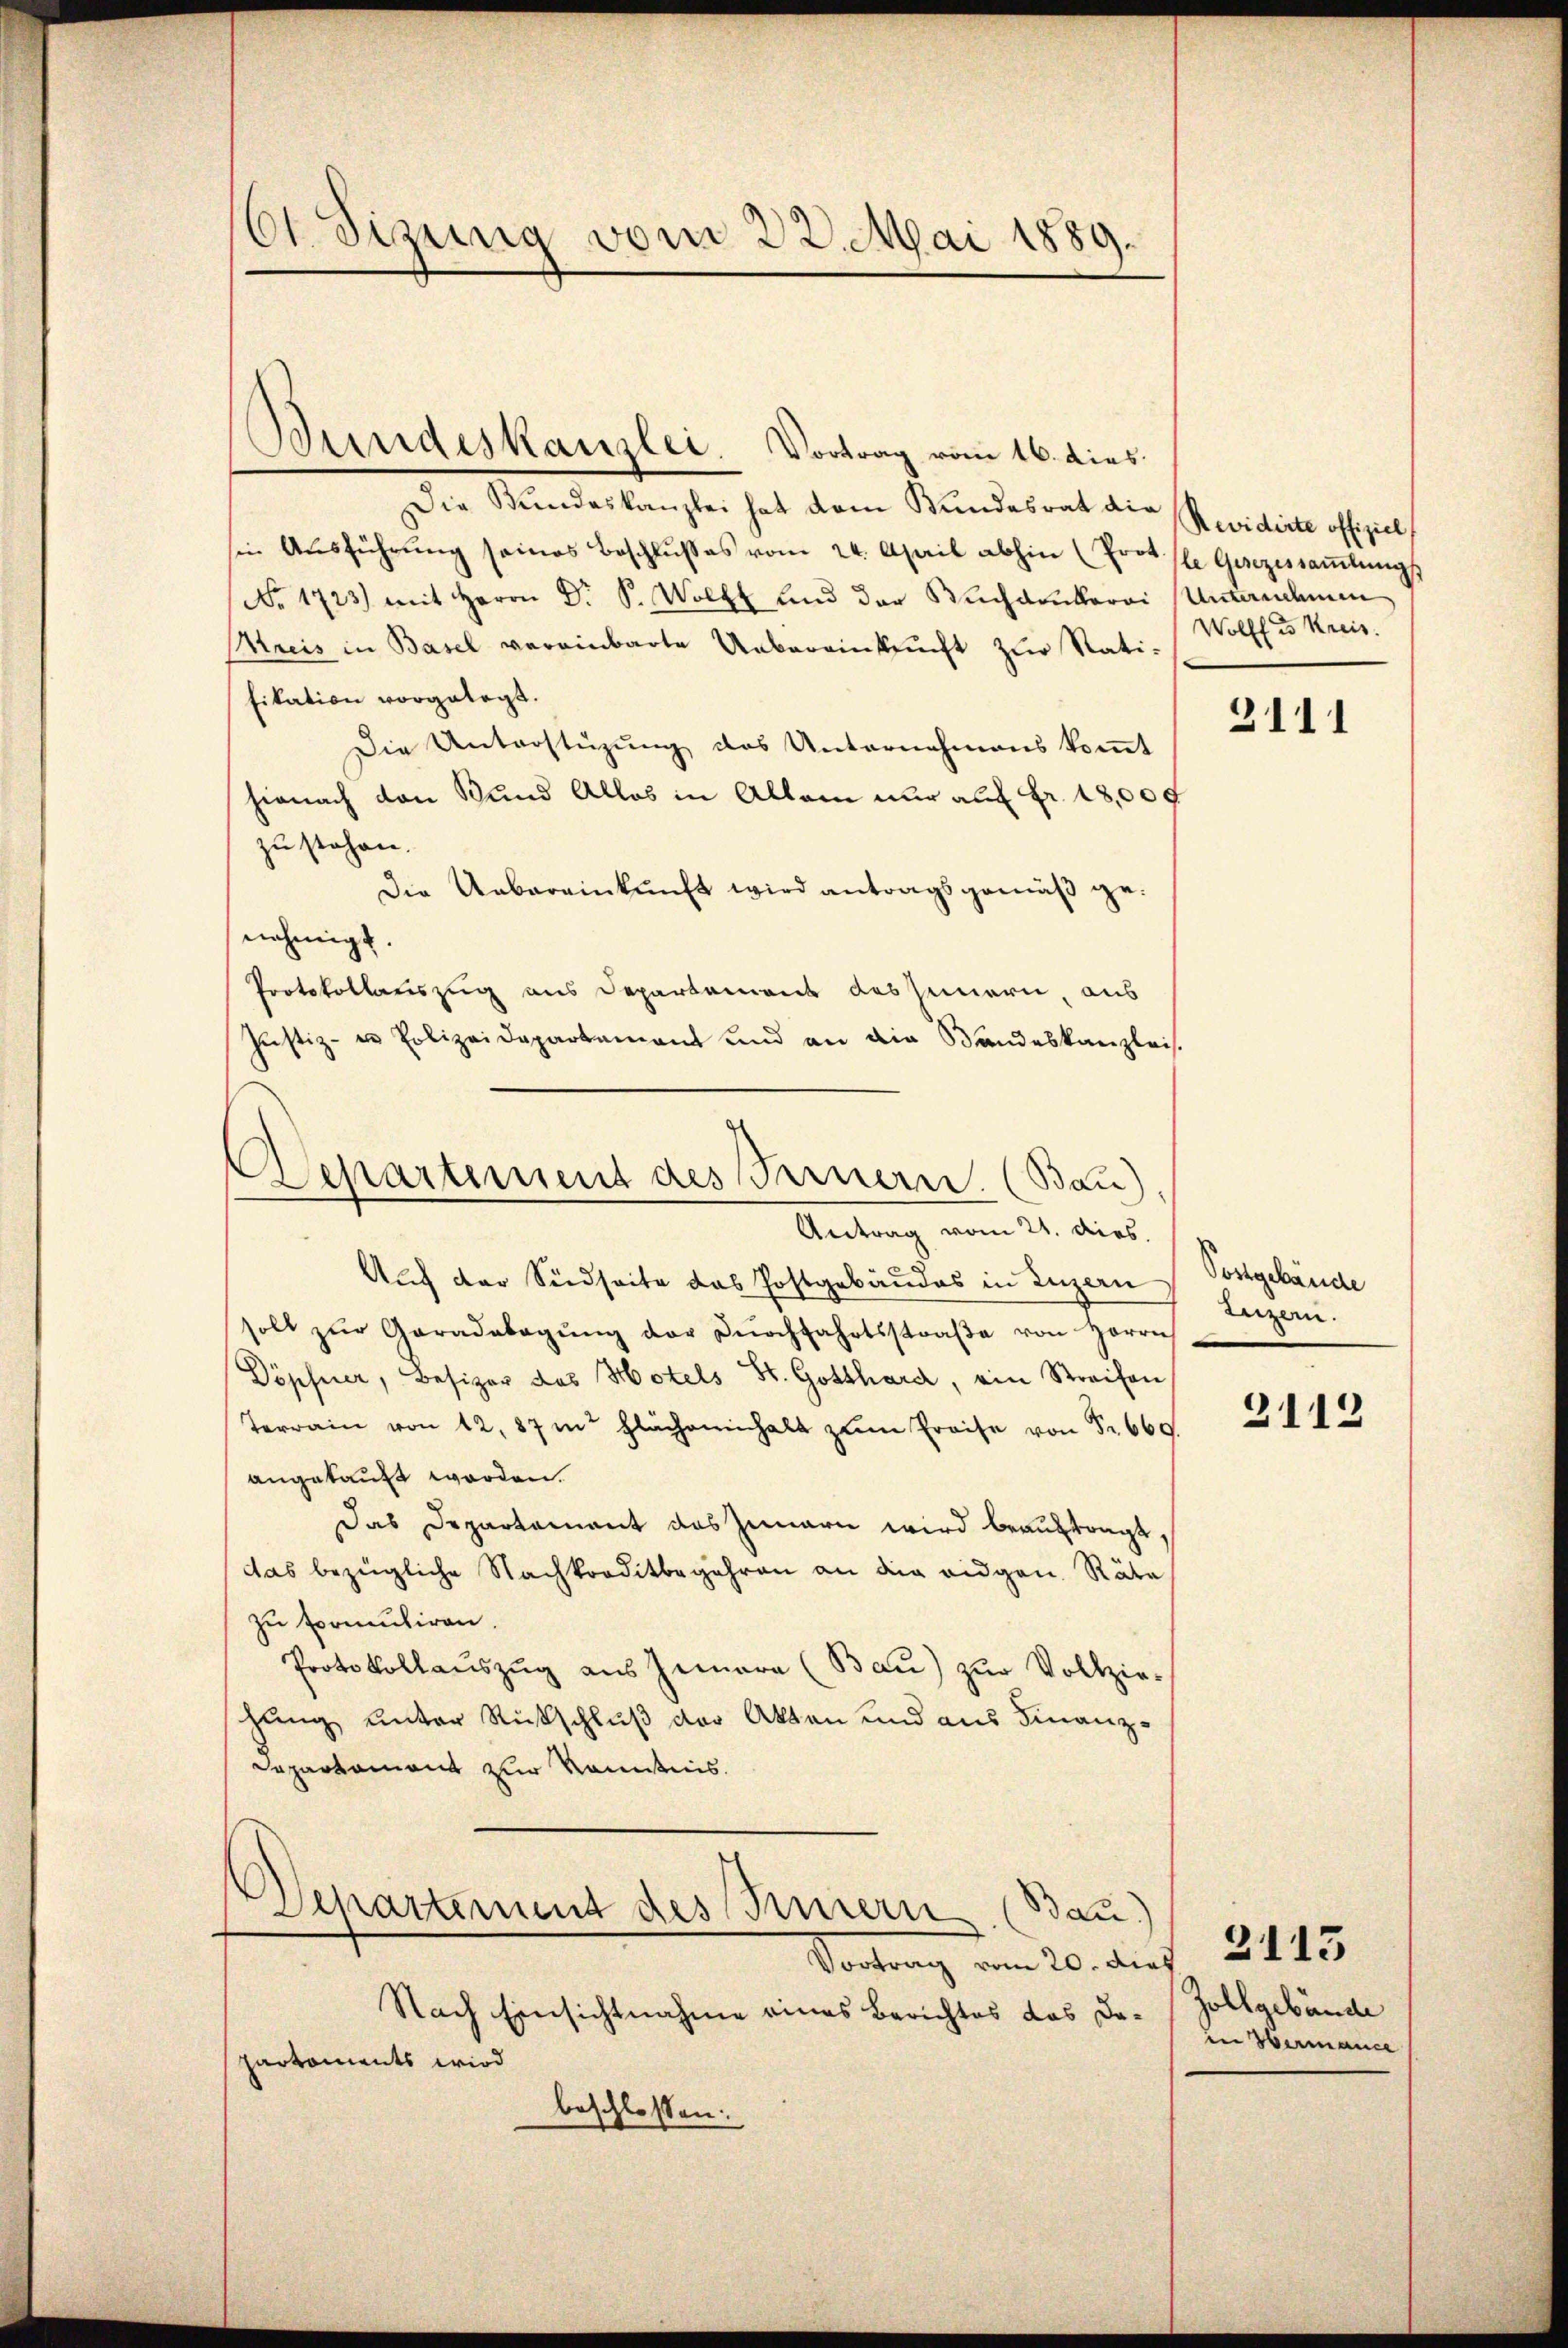
161. Sizung vom 23. Mai 1889.

Bundeskanzlei. Vortrag vom 16. dies

Die Bŭndeskanzlei hat dem Bundesrat die Revidirte offiziel
sin Ausführung seines Beschlusses vom 24. April abhin (Prot. (le Gesezessaṁlŭngs
No. 1723) mit Herrn Dr. S. Wollt und der Buchdrukerei
Mreis in Basel vereinbarte Uebereinkunft zur Ratifikation vorgelegt.
Die Unterstüzung des Unternehmens kommt
hienach von Bund Alles in Allem nur auf Fr. 18,000
zu stehen.
Die Uebereinkunft wird antragsgemäß genehmigt.
Protokollauszug aus Departemens des Innern, aus
Justiz- u Polizeidepartament und an die Bandeskanzleis
Separtement des Fernern. (Bau)
Antrag vom 21. dies.
Auch der Südseite das Postgebäudes in Luzern
soll zŭr Garadabagŭng der Dŭrchfahrtsstraβe von Herrn
Döpfer, Besizer des Hotels St. Gotthard, ein Streifen
Terrain von 12. 87 in Flächeninhalt zŭm Preise von Fr. 669.
angekauft worden.
Das Departament das Zunarn wird beauftragt,
das bezügliche Nachkorditbegehren an die eidgen. Räte
zu formuliren.
Protokollaŭszŭg aŭs Jnara (Bau) zŭr Vollzie-
hung unter Rückschluß der Akten und aus Finanz¬
Departament zur Kenntnis.

Departement des Feurern (Bau)
Vortrag vom 20. die

Nach Einsichtnahme eines Berichtes das Daparkoments wird
beschloßen:

Unternehmen
Wolff in Kreis.

3111

Postgebäude
Luzern.

3112

2113
Zollgebäude
in Hermance